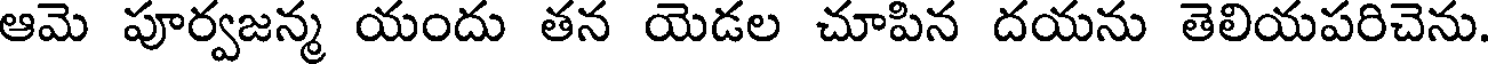
ఆమె పూర్వజన్మ యందు తన యెడల చూపిన దయను తెలియపరిచెను